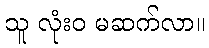
သူ လုံးဝ မဆက်လာ။